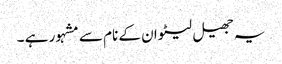
یہ جھیل لیٹوان کے نام سے مشہور ہے ۔